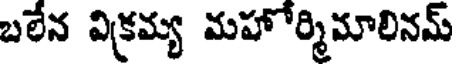
బలేన విక్రమ్య మహోర్మిమాలినమ్